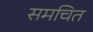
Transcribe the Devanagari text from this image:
समचित